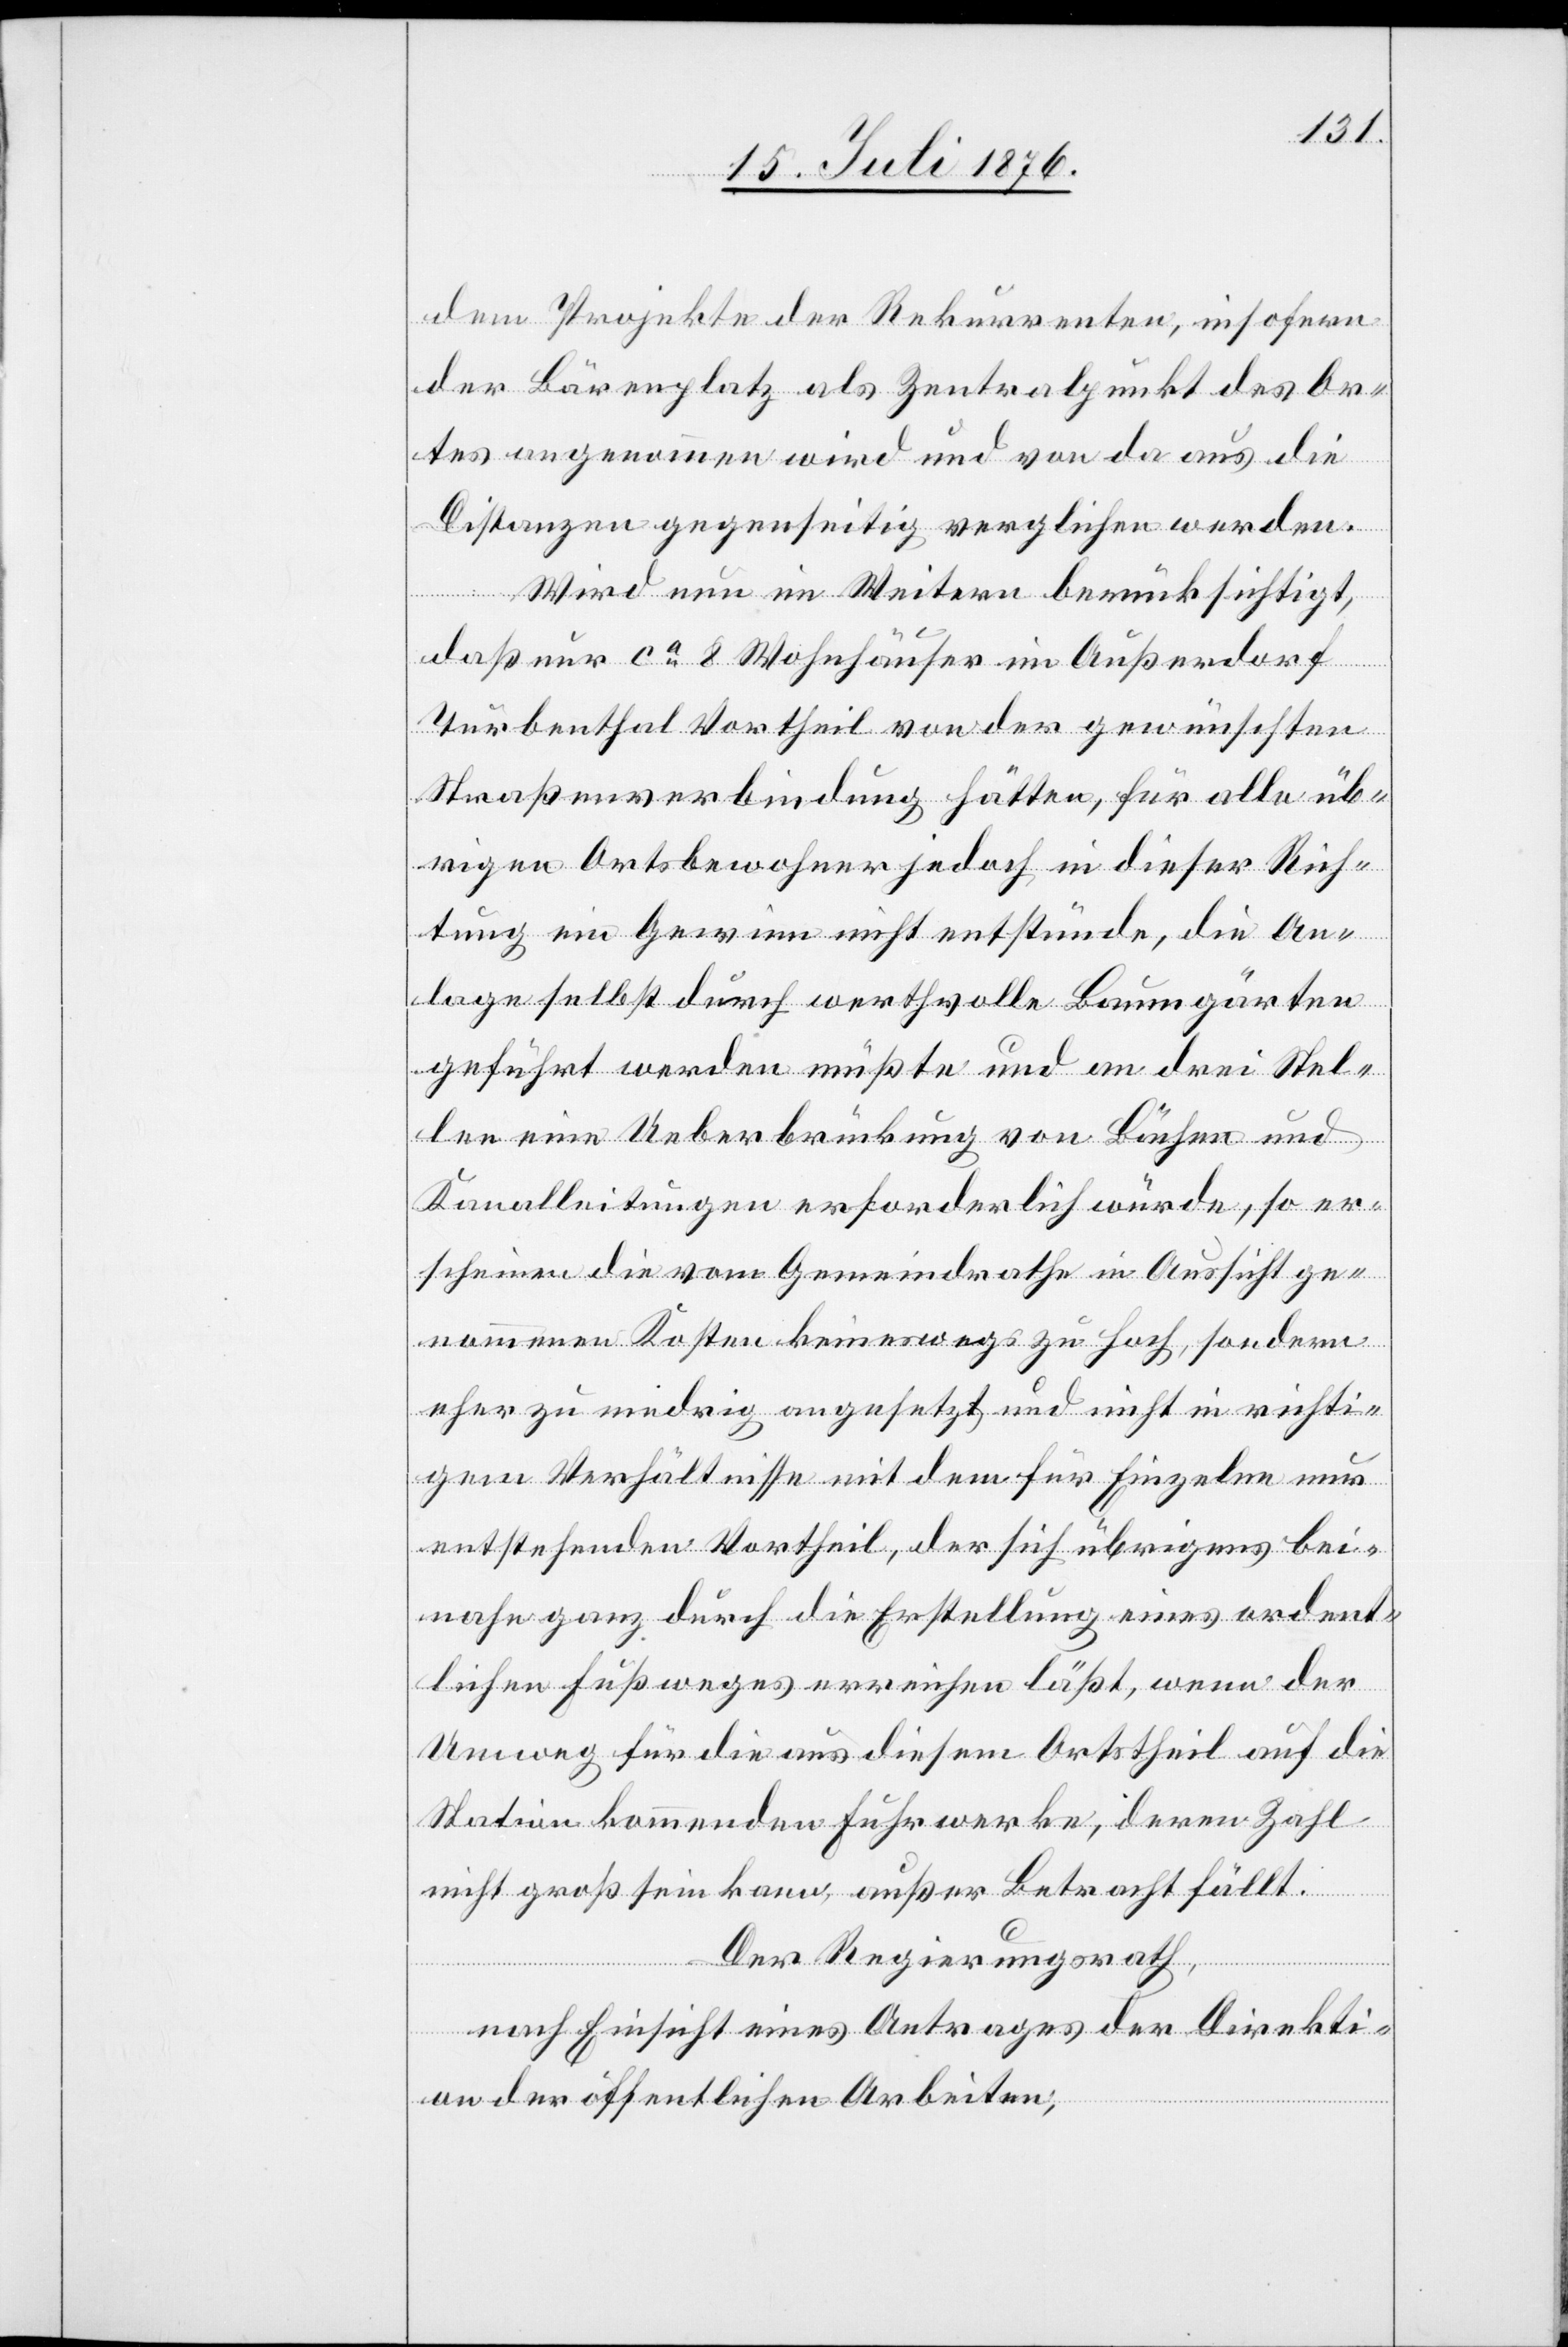
dem Projekt der Rekurrenten, insofern
der Bärenplatz als Zentralpunkt des Or¬
tes angenommen wird und von da aus die
Distanzen gegenseitig verglichen werden.
Wird nun im Weitern berücksichtigt,
das nur ca 8 Wohnhäuser im Außerdorf
Turbenthal Vortheil von der gewünschten
Straßenverbindung hätten, für alle üb¬
rigen Ortsbewohner jedoch in dieser Rich¬
tung ein Gewinn nicht entstünde, die An¬
lage selbst durch werthvolle Baumgärten
geführt werden müßte und an drei Stel¬
en eine Ueberbrückung von Bächen und
Kanalleitungen erforderlich würde, so er¬
schiene die vom Gemeindrathe in Aussicht ge¬
nommenen Kosten keineswegs zu hoch, sondern
eher zu niedrig angesetzt und nicht in richti¬
gem Verhältnisse mit dem für Einzelne nur
entstehenden Vortheil, der sich übrigens bei¬
nahe ganz durch die Erstellung eines ordent¬
lichen Fußweges erreichen läßt, wenn der
Umweg für die aus diesem Ortstheil auf die
Station kommenden Fuhrwerke, deren Zahl
nicht gros sein kann, außer Betracht fällt.
Der Regierungsrath,
nach Einsicht eines Antrages der Direkti¬
on der öffentlichen Arbeiten,